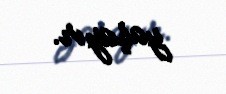
yaşayır.